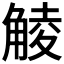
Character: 𧤁